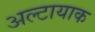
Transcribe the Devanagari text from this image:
अल्टायाक